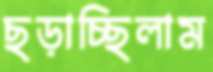
ছড়াচ্ছিলাম